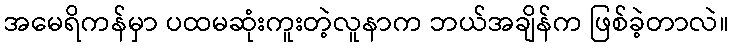
အမေရိကန်မှာ ပထမဆုံးကူးတဲ့လူနာက ဘယ်အချိန်က ဖြစ်ခဲ့တာလဲ။